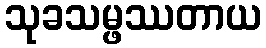
သုခသမ္ဖဿတာယ